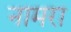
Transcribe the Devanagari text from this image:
नामरा